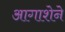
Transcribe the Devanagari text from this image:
आगाशेने